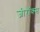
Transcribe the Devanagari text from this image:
जीराॅक्स